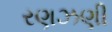
રણઝણી